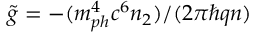
\Tilde { g } = - ( m _ { p h } ^ { 4 } c ^ { 6 } n _ { 2 } ) / ( 2 \pi \hbar q n )